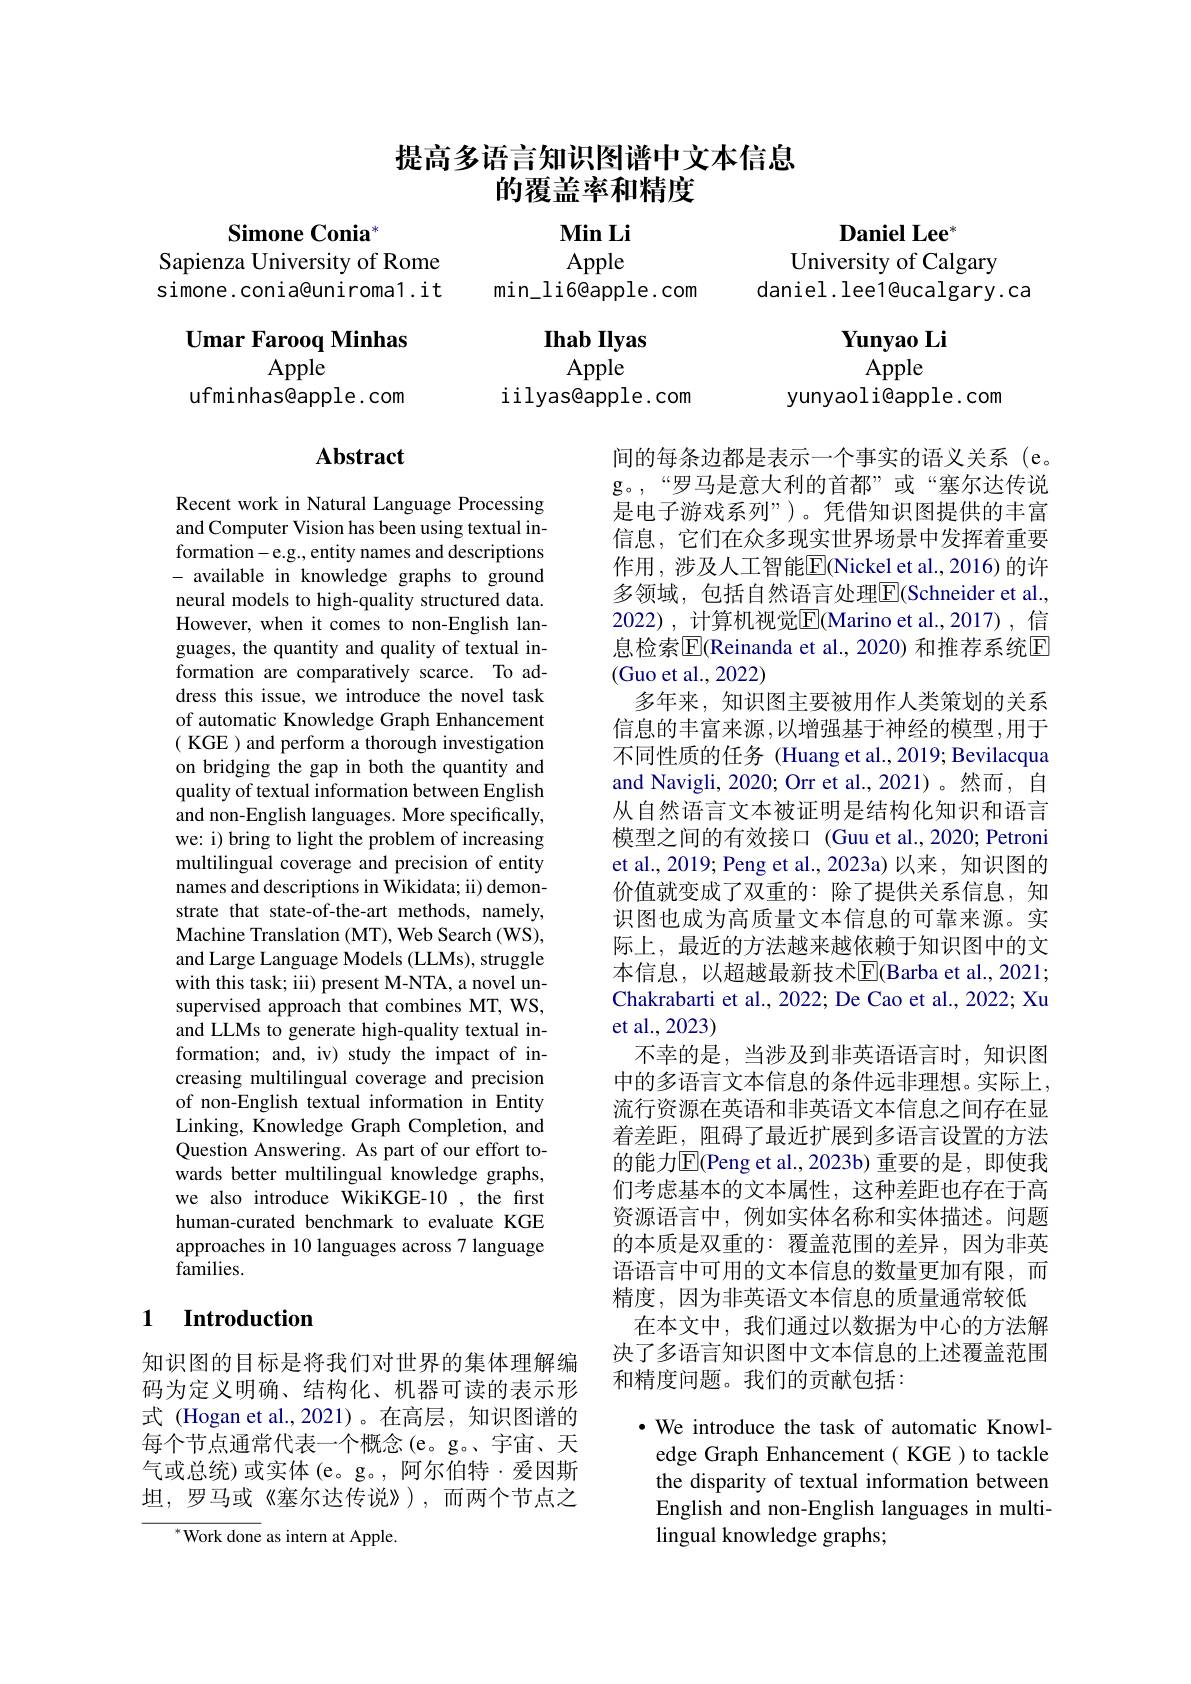
# 提高多语言知识图谱中文本信息的覆盖率和精度

Daniel Lee"

$\mathbf{Min}$ Li Apple
$\min\_$li6@apple.com

Simone Conia$^{*}$
Sapienza University of Rome simone.conia@uniroma1.it

University of Calgary

daniel. lee1@ucalgary.ca

$\textbf{Umar Farooq Minhas}$
Apple
ufminhas@apple.com

$\mathbf{YunyaoLi}$
Apple
yunyaoli@apple.com

Ihab IIyas
Apple
iilyas@apple.com

## Abstract

Recent work in Natural Language Processing and Computer Vision has been using textual information-e.g., entity names and descriptions - available in knowledge graphs to ground neural models to high-quality structured data. However, when it comes to non-English languages, the quantity and quality of textual information are comparatively scarce. To address this issue, we introduce the novel task of automatic Knowledge Graph Enhancement ( KGE ) and perform a thorough investigation on bridging the gap in both the quantity and quality of textual information between English and non-English languages. More specifically, we: i) bring to light the problem of increasing multilingual coverage and precision of entity names and descriptions in Wikidata; ii) demonstrate that state-of-the-art methods, namely, Machine Translation (MT), Web Search (WS), and Large Language Models (LLMs), struggle with this task; iii) present M-NTA, a novel unsupervised approach that combines MT, WS, and LLMs to generate high-quality textual information; and, iv) study the impact of increasing multilingual coverage and precision of non-English textual information in Entity Linking, Knowledge Graph Completion, and Question Answering. As part of our effort towards better multilingual knowledge graphs, we also introduce WikiKGE-10 , the first human-curated benchmark to evaluate KGE approaches in 10 languages across 7 language families.

间的每条边都是表示一个事实的语义关系(e。g。,“罗马是意大利的首都”或“塞尔达传说是电子游戏系列”)。凭借知识图提供的丰富信息，它们在众多现实世界场景中发挥着重要作用，涉及人工智能$\overline{\mathrm{E}}$(Nickel et al., 2016)的许多领域，包括自然语言处理$\overline{\mathrm{E}}($Schneider et al., 2022) , 计算机视觉$\overline{\mathrm{E}}$(Marino et al.,2017),信息检索$\overline{\mathbb{E}}($Reinanda et al., 2020) 和推荐系统$\overline{\mathbb{E}}$ (Guo et al., 2022)
多年来，知识图主要被用作人类策划的关系信息的丰富来源，以增强基于神经的模型，用于不同性质的任务 (Huang et al., 2019; Bevilacqua and Navigli, 2020; Orr et al., 2021) 。然而，自从自然语言文本被证明是结构化知识和语言模型之间的有效接口 (Guu et al.,2020;Petroni et al., 2019; Peng et al., 2023a) 以来，知识图的价值就变成了双重的：除了提供关系信息，知识图也成为高质量文本信息的可靠来源。实际上，最近的方法越来越依赖于知识图中的文本信息，以超越最新技术$\overline{\mathrm{F}}$(Barba et al., 2021; Chakrabarti et al., 2022; De Cao et al., 2022; Xu et al.,2023)
不幸的是，当涉及到非英语语言时，知识图中的多语言文本信息的条件远非理想。实际上流行资源在英语和非英语文本信息之间存在显着差距，阻碍了最近扩展到多语言设置的方法的能力$\overline{\mathrm{E}}($Peng et al.,2023b) 重要的是，即使我们考虑基本的文本属性，这种差距也存在于高资源语言中，例如实体名称和实体描述。问题的本质是双重的：覆盖范围的差异，因为非英语语言中可用的文本信息的数量更加有限，而精度，因为非英语文本信息的质量通常较低
在本文中，我们通过以数据为中心的方法解决了多语言知识图中文本信息的上述覆盖范围和精度问题。我们的贡献包括：
·We introduce the task of automatic Knowl-
edge Graph Enhancement( KGE) to tackle

### 1 $\textbf{Introduction}$

知识图的目标是将我们对世界的集体理解编码为定义明确、结构化、机器可读的表示形式 (Hogan et al.,2021)。在高层，知识图谱的每个节点通常代表一个概念(e。g。宇宙、天气或总统)或实体(e。g。, 阿尔伯特·爱因斯坦，罗马或《塞尔达传说》),而两个节点之

the disparity of textual information between English and non-English languages in multilingual knowledge graphs;

${^{*}\mathrm{Work~done~as~intern~at~Apple.}}$